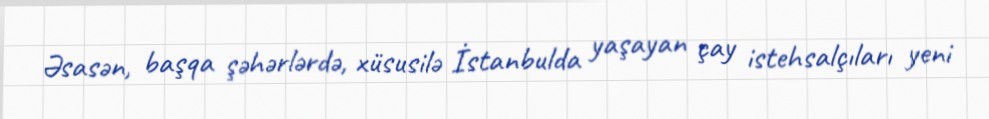
Əsasən, başqa şəhərlərdə, xüsusilə İstanbulda yaşayan çay istehsalçıları yeni